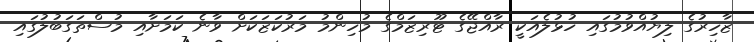
ޒާހިރުގެ ލިޔުއްވުމުގައި ހުޅުލެއަކީ ރާއްޖޭގެ ޓޫރިޒަމްގެ މުހިންމު މަރުކަޒަކަށް ވާނެ ކަމަށާއި މުސްތަގަބުލުގައި